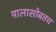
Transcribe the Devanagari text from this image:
मालासोबतच